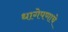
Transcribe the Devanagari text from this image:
धागेपणाचे